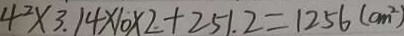
4 ^ { 2 } \times 3 . 1 4 \times 1 0 \times 2 + 2 5 1 . 2 = 1 2 5 6 ( c m ^ { 2 } )